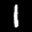
Label: 1